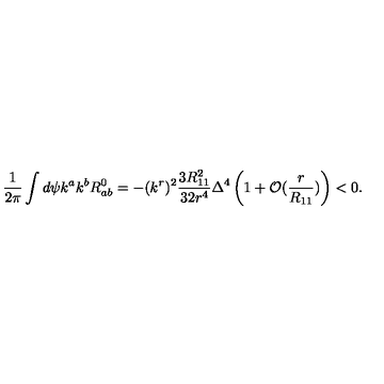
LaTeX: \frac { 1 } { 2 \pi } \int d \psi k ^ { a } k ^ { b } R _ { a b } ^ { 0 } = - ( k ^ { r } ) ^ { 2 } \frac { 3 R _ { 1 1 } ^ { 2 } } { 3 2 r ^ { 4 } } \Delta ^ { 4 } \left( 1 + { \cal O } ( \frac { r } { R _ { 1 1 } } ) \right) < 0 .